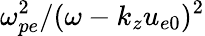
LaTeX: \omega_{pe}^{2}/(\omega-k_{z}u_{e0})^{2}